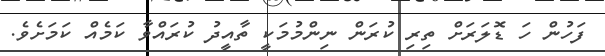
ފަހުން ހަ ޑޮލަރަށް ތިރި ކުރަން ނިންމުމަކީ ތާއީދު ކުރައްވާ ކަމެއް ކަމަށެވެ.